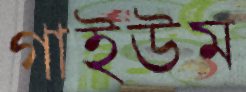
গাইউম